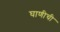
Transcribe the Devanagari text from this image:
घाणीची